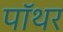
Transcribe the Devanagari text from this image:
पॉथर